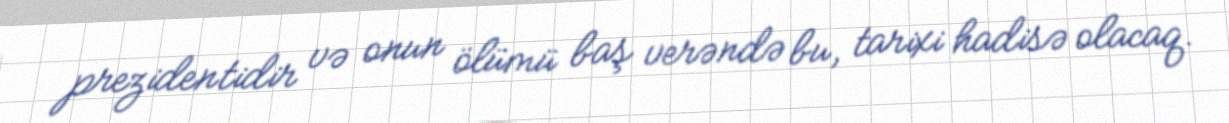
prezidentidir və onun ölümü baş verəndə bu, tarixi hadisə olacaq.